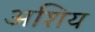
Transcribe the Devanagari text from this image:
अशिय